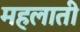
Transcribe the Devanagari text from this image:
महलाती